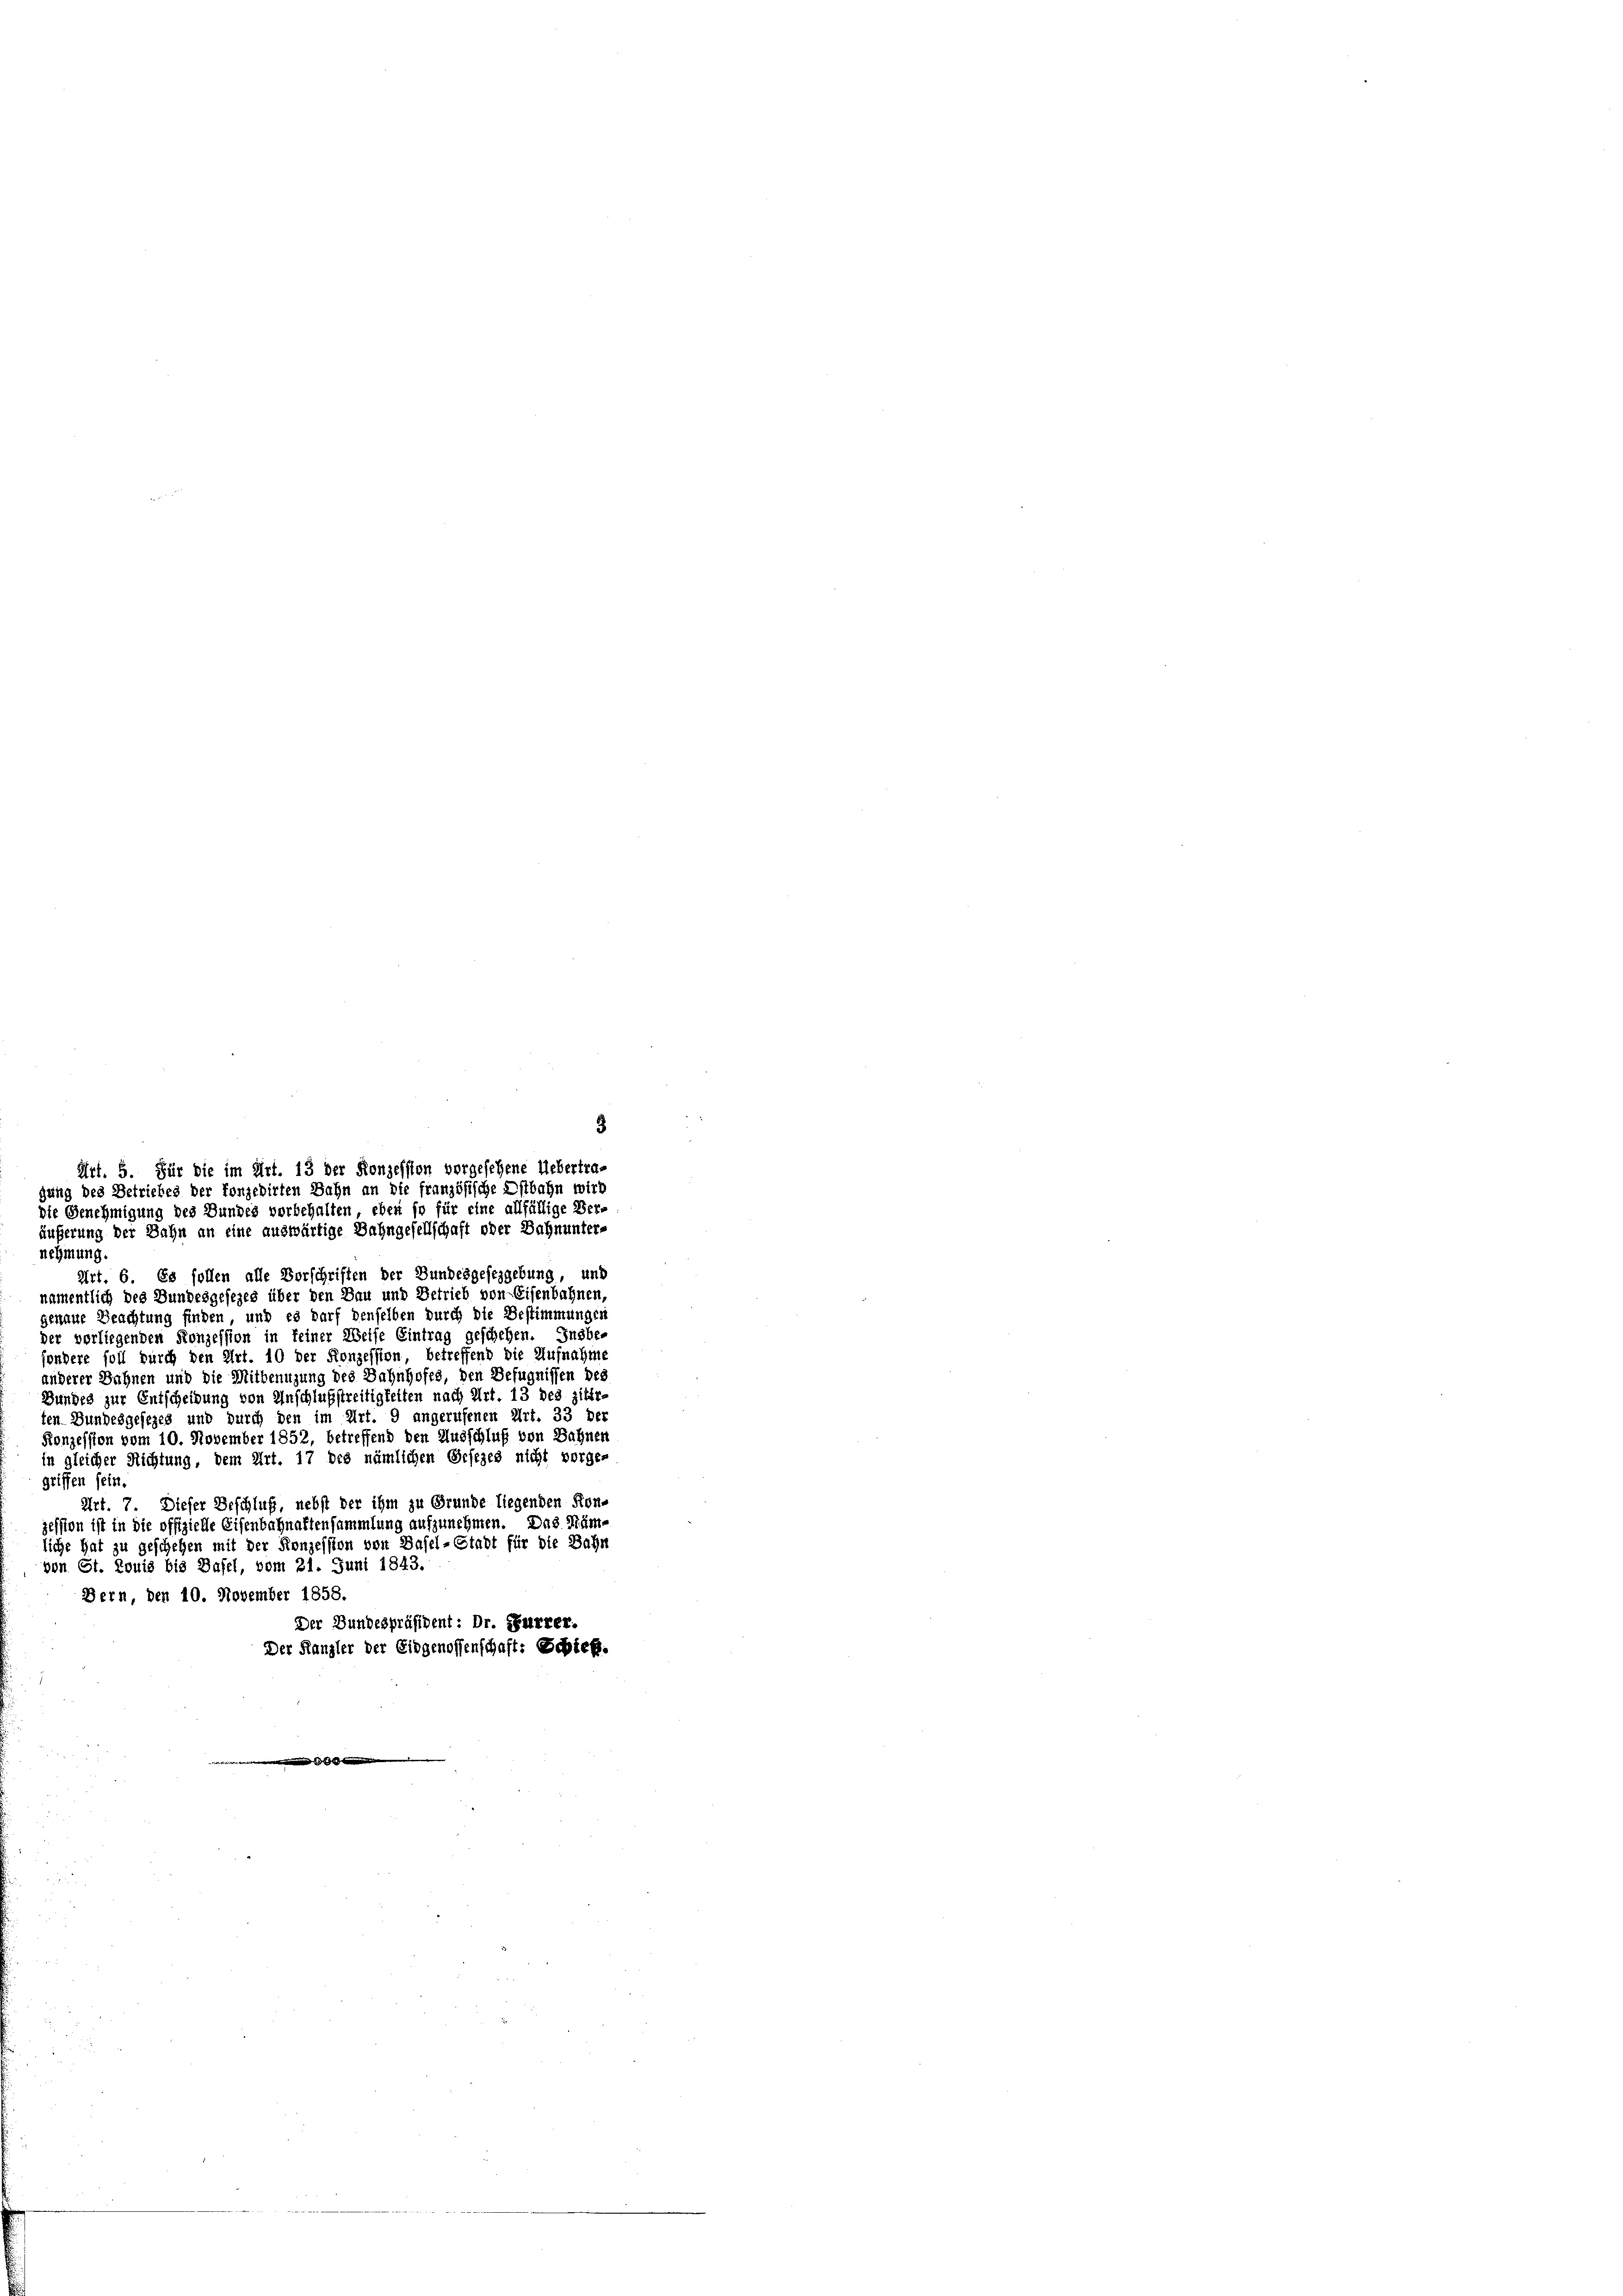
nehmung
Art. 6. Es sollen alle Vorschriften der Bundesgesezgebung, und
namentlich des Bundesgesezes über den Bau und Betrieb von Eisenbahnen,
genaue Beachtung finden, und es darf denselben durch die Bestimmungen
der vorliegenden Konzession in feiner Weise Eintrag geschehen. Insbe-
sondere soll durch den Art. 10 der Konzession, betreffend die Aufnahme
anderer Sahnen und die Mitbenuzung des Bahnhofes, den Befugnissen der
Bundes zur Entscheidung von Anschlußstreitigkeiten nach Art. 13 des zitir-
ten Bundesgesezes und durch den im Art. 9 angerufenen Art. 33 der
Konzession vom 10. November 1852, betreffend den Ausschluß von Bahner
in gleicher Richtung, dem Art. 17 des nämlichen Gesezes nicht vorge-
griffen sein.
Art. 7. Dieser Beschluß, nebst der ihm zu Grunde liegenden Kon-
zession ist in die offizielle Eisenbahnaftensammlung aufzunehmen. Das Sämliche hat zu geschehen mit der Konzession von Basel-Stadt für die Bahn
von St. Louis bis Basel, vom 21. Juni 1843.
Bern, den 10. November 1858.
Der Bundespräsident: Dr. Furrer.
Der Kanzler der Eidgenossenschaft: Schieß.

3
Art. 5. Für die im Art. 13 der Konzession vorgesehene Uebertra-
gung des Betriebes der konzedirten Bahn an die französische Estbahn wird
die Genehmigung des Bundes vorbehalten, eben so für eine allfällige Ver
äußerung der Bahn an eine auswärtige Bahngesellschaft oder Bahnunter-